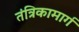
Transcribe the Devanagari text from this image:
तंत्रिकामार्ग